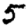
Digit: 5